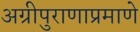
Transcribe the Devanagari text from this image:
अग्रीपुराणाप्रमाणे